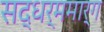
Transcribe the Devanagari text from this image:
सद्धर्ममार्ग